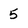
Character: 5